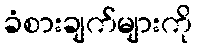
ခံစားချက်များကို